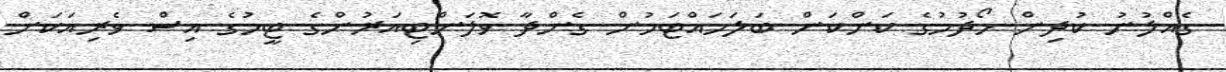
ގެއްލުނު ކުދިން ހޯދުމުގެ ކަންކަން ބަލަހައްޓަމުން ގެންދާ ވޮލަންޓިއަރުންގެ ޓީމުގެ އިސް ވެރިއަކަށް